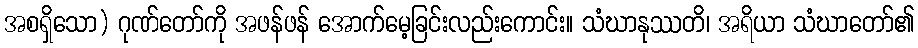
အစရှိသော) ဂုဏ်တော်ကို အဖန်ဖန် အောက်မေ့ခြင်းလည်းကောင်း။ သံဃာနုဿတိ၊ အရိယာ သံဃာတော်၏